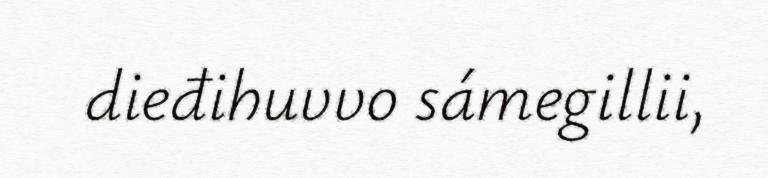
dieđihuvvo sámegillii,